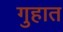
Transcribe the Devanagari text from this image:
गुहात